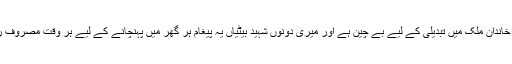
ہمارا تمام خاندان ملک میں تبدیلی کے لیے بے چین ہے اور میری دونوں شہید بیٹیاں یہ پیغام ہر گھر میں پہنچانے کے لیے ہر وقت مصروف رہتی تھیں۔